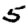
Digit: 5